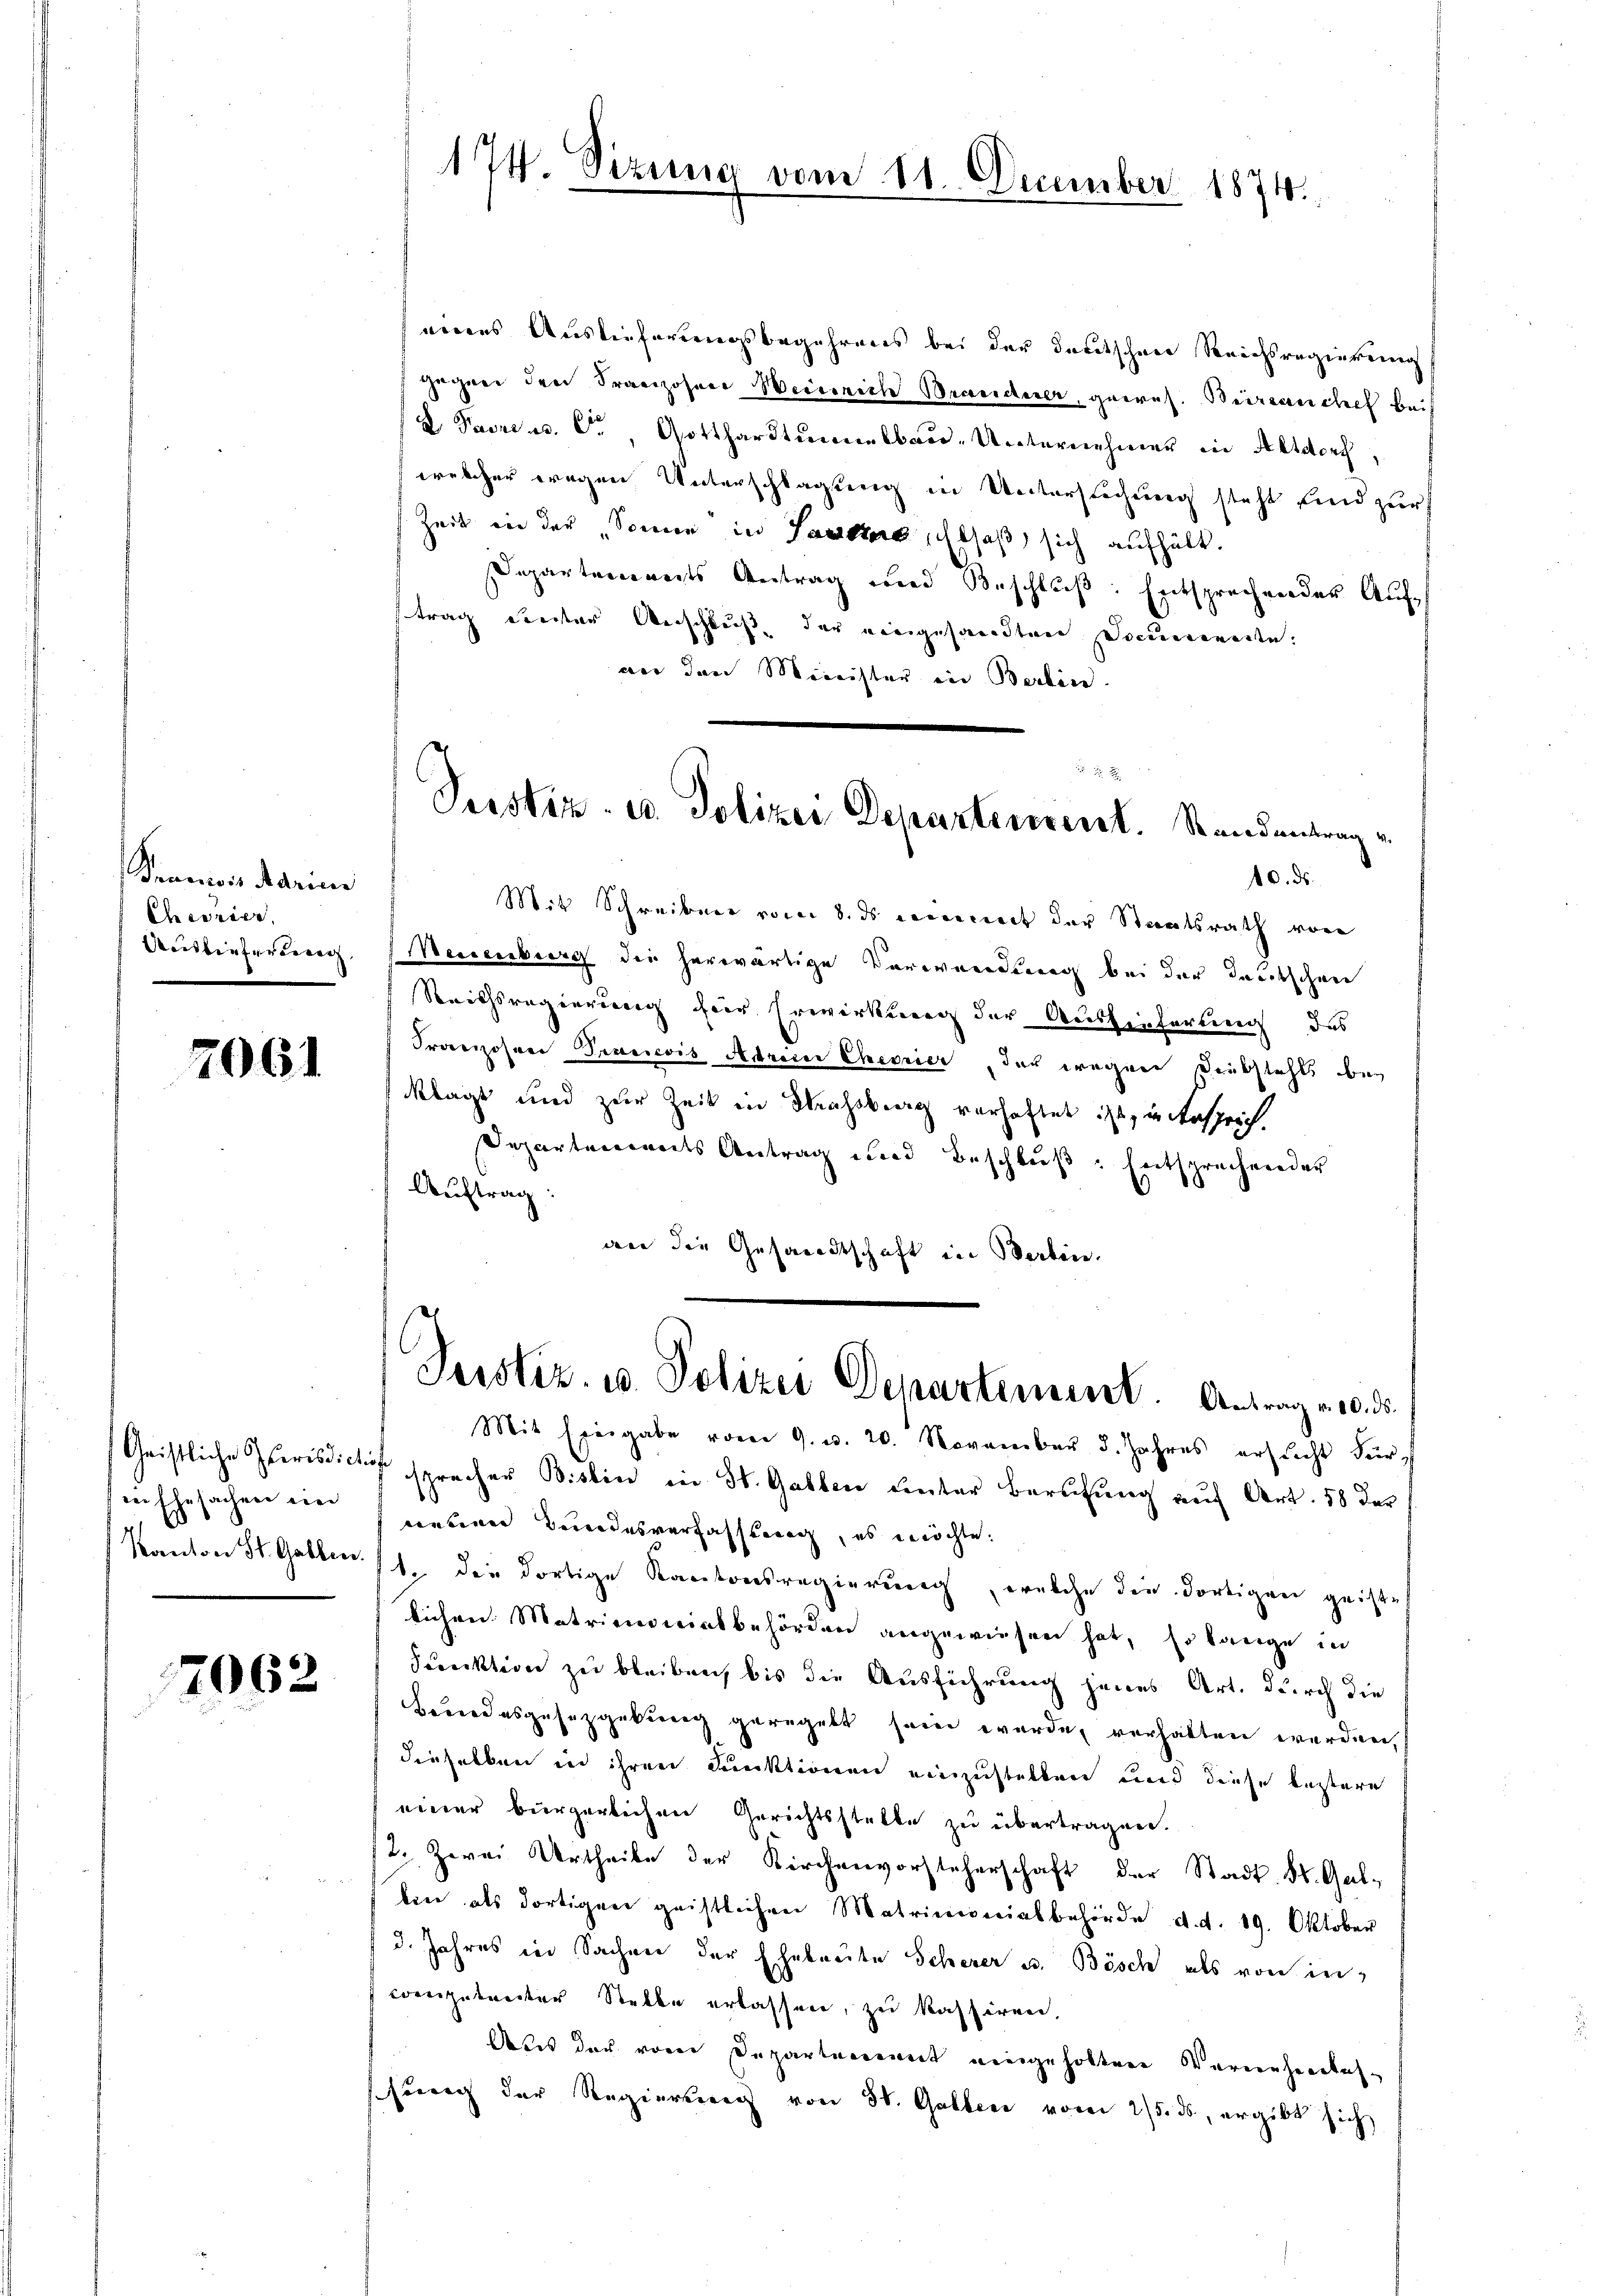
Francois Marie
Cheorier,
Auslieferberei

7061

Geistliche Spirisdict
der Ehesachen eine
.
Kanton St. Gallen.

7962

nerens Auslieferungsbegehrens bei der daritschen Reichsregierung
Gegen der Franzosner Weierzich Brascherer, geeres. Beirsauchel bei
V. Parre u. S., Gotthardtummelbau-Unternehmer in Altdorf,
welcher wegen Unterschlagung in Untersuchung steht sind zur
Zeit in der Sonne in Pauline Elsaß sich aufhält.
Departements Antrag und Beschluß: Entsprechender Auf
trag ereiter Verschluß der eingesandten Documenarte:
an den Minister in Berlin.

174. Sizung vom 11. December 1874.

Pustiz- u. Polizei Departement. Standentrag v
10. ds.

Mit Schreiben vom 8. ds einert der Staatsrath von
Neuenburg die herwärtige Verwendung bei der Teutschen
Reichsregierung hier Erwirkung der Auslieferung des
Franzosen Francois Adrien Cheorier der wegen Diebstahls bei
klagt und zur Zeit in Strassberg verhaftet ist, in Ansprich,
Departements Antrag und Beschluß: Entsprechender
Auftrag:
wer die Gesandtschaft in Berben.

Justiz, u. Polizei Departement. Antrag v. 10. ds.

Mit Eingabe vom 9. d. 20. November 5. Jahres ersticht für
 sprecher Bislin in St. Gatten unter Berufung auf Art. 58 der
continen Bewendesverfassung, es möchte.
1. die dortige Kantonsregierung, welche die dortigen geiste
lichen Matrimoniatbehörden angewiesen hat, so lange in
dinktion zu bleiben, bis die Ausführung jenes Art. durch die
Beundesgesetzgebung geregelt sein werde, verhalten werden,
dieselben in ihren Funktionen einzustellen und diese bestere
einer bürgerlichen Gerichtsstelle zu übertragen.
/2. Zwei Urtheile der Kirchenvorsteherschaft der Stadt St. Gal-
ben als dortigen geistlichen Matrimonialbehörde d. d. 19. Oktober
d. Jahres in Sachen der Ehebreite Scherer u. Bösch als von in
competenter Stelle erlassen, zu kassiren,
Dass der von Departement eingeholten Vernehenbahsung der Regierung von St. Galler vom 25. ds, ergibt sich